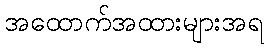
အထောက်အထားများအရ